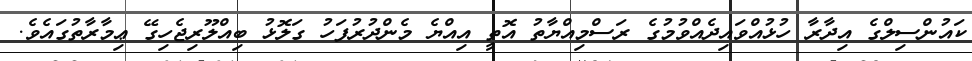
ކައުންސިލްގެ އިދާރާ ހުޅުއްވައިދެއްވުމުގެ ރަސްމިއްޔާތު އޮތީ އިއްޔެ މެންދުރުފަހު ގަލޮޅު ބިއްލޫރިޖެހިގޭ ޢިމާރާތުގައެވެ.